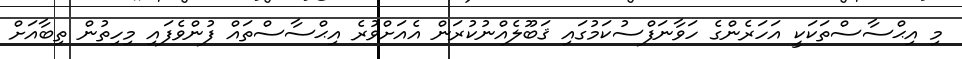
މި އިޙްސާސްތަކަކީ އަހަރެންގެ ހަވާނަފްސުކަމުގައި ޤަބޫލެއްނުކުރަން އެއަށްވުރެ އިޙްސާސްތައް ފުންވެފައި މިހިތުން ތިބާއަށް